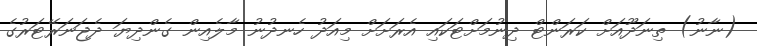
(ނާނު) ތިނަދޫއަށް ކަރަންޓް ދިނުމަށްޓަކައި އެރަށަށް މިއަދު ހެނދުނު މާލެއިން ގެންދިޔަ ދެޖަނަރޭޓަރުގެ